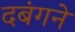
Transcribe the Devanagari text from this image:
दबंगने